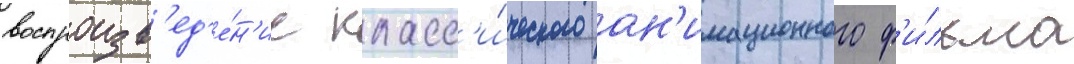
воспроизв'ед'е́н'ие класс'и́ческого ан'имационного ф'и́льма